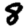
Digit: 8